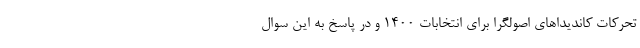
تحرکات کاندیداهای اصولگرا برای انتخابات 1400 و در پاسخ به این سوال